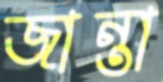
জান্তা